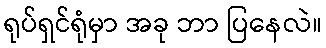
ရုပ်ရှင်ရုံမှာ အခု ဘာ ပြနေလဲ။